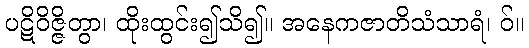
ပဋိဝိဇ္ဇိတွာ၊ ထိုးထွင်း၍သိ၍။ အနေကဇာတိသံသာရံ၊ ဝ်။